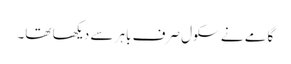
گامے نے سکول صرف باہر سے دیکھا تھا۔